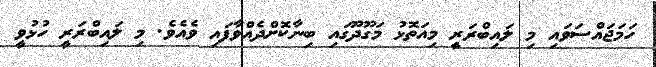
ހަމަޖައްސަވައި މި ލައިބްރަރީ މިއަތޮޅު މަގޫދޫގައި ބިނާކޮށްދެއްވާފައި ވެއެވެ. މި ލައިބްރަރީ ހުޅުވީ